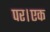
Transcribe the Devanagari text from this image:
पर।एक